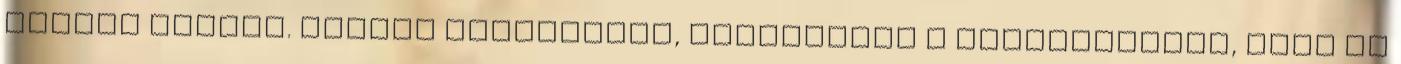
tudtam szokni. Miután átöltöztem, megidéztem a fegyvereimet, hogy ne